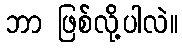
ဘာ ဖြစ်လို့ပါလဲ။